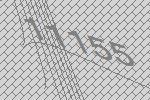
11155